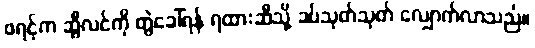
ဖရင့်က ဆွီလင်ကို တွဲခေါ်ရန် ရထားဆီသို့ ခပ်သုတ်သုတ် လျှောက်လာသည်။